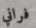
فراني